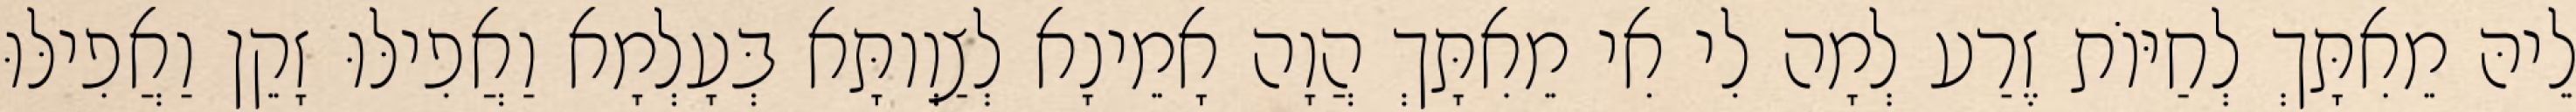
לֵיהּ מֵאִתָּךְ לְחַיּוֹת זֶרַע לְמָה לִי אִי מֵאִתָּךְ הֲוָה אָמֵינָא לְצַוְותָּא בְּעָלְמָא וַאֲפִילּוּ זָקֵן וַאֲפִילּוּ